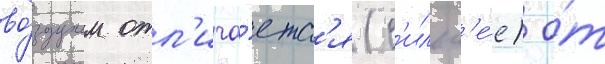
во́здухом отл'ича́етс'я (с'ильн'е́е) о́т